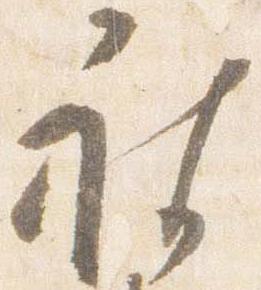
被